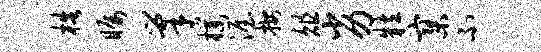
梏瞩巢朴渥按俎劣粒寥不